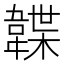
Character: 韘